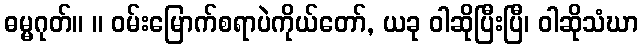
ဓမ္မဂုတ်။ ။ ဝမ်းမြောက်စရာပဲကိုယ်တော်, ယခု ဝါဆိုပြီးပြီ၊ ဝါဆိုသံဃာ